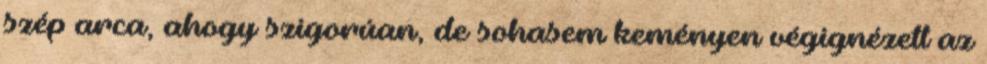
szép arca, ahogy szigorúan, de sohasem keményen végignézett az